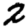
Digit: 2